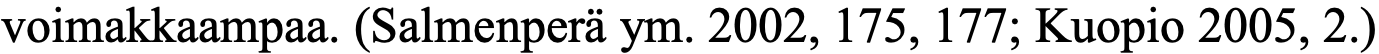
voimakkaampaa. (Salmenperä ym. 2002, 175, 177; Kuopio 2005, 2.)